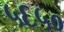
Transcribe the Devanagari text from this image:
५६५०